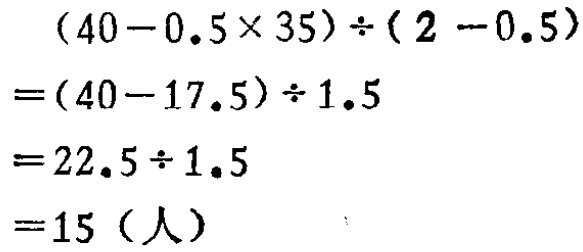
\[

\begin{align*}

&(40 - 0.5\times35)\div(2 - 0.5)\\

=&(40 - 17.5)\div1.5\\

=&22.5\div1.5\\

=&15 (\text{人})

\end{align*}

\]